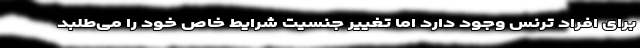
برای افراد ترنس وجود دارد اما تغییر جنسیت شرایط خاص خود را می‌طلبد